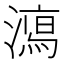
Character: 𣿱